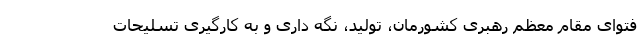
فتوای مقام معظم رهبری کشورمان، تولید، نگه داری و به کارگیری تسلیحات